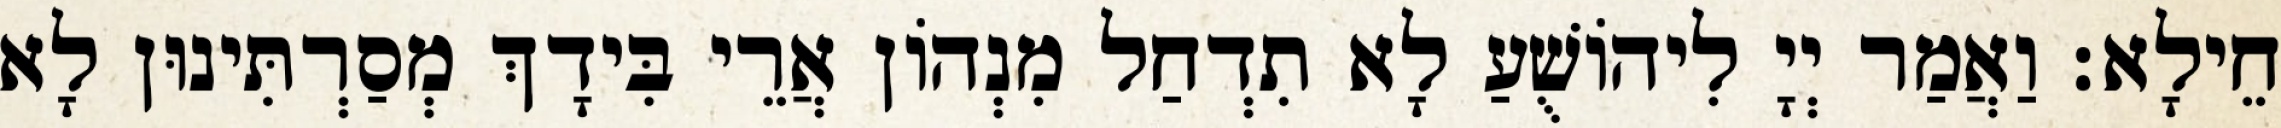
חֵילָא׃ וַאֲמַר יְיָ לִיהוֹשֻׁעַ לָא תִדְחַל מִנְהוֹן אֲרֵי בִּידָךְ מְסַרְתִּינוּן לָא